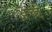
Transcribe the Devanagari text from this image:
अच्दे